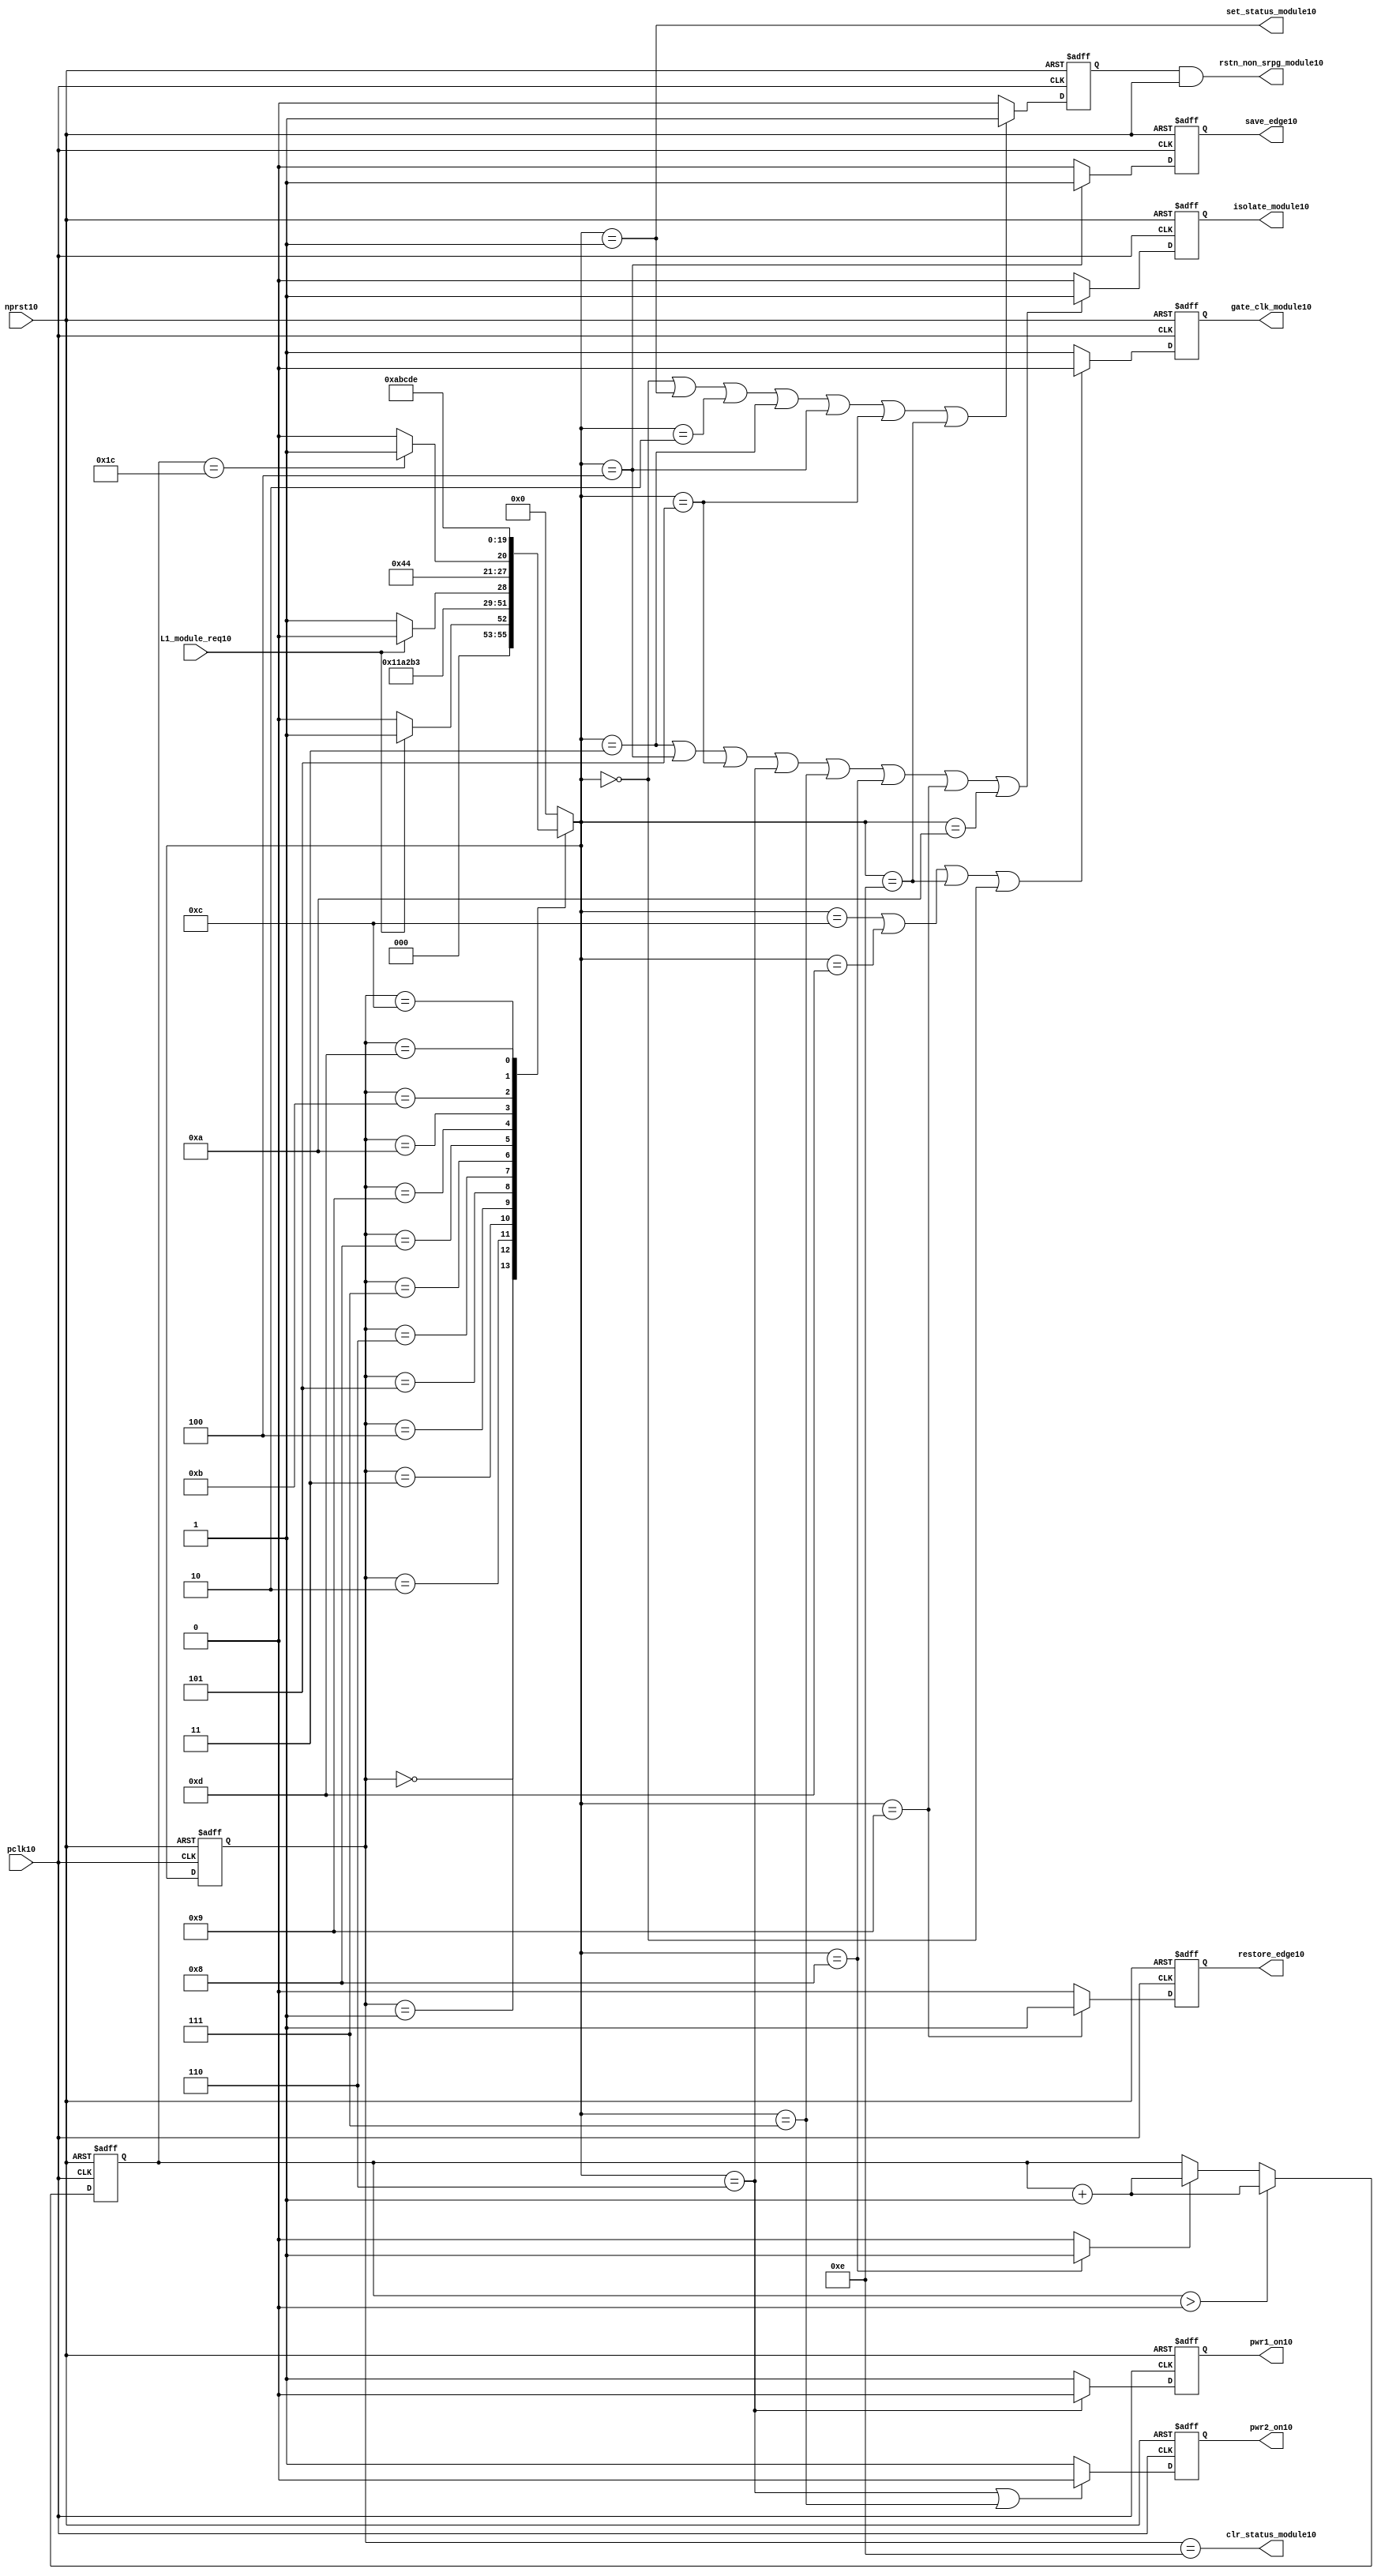
//File10 name   : power_ctrl_sm10.v
//Title10       : Power10 Controller10 state machine10
//Created10     : 1999
//Description10 : State10 machine10 of power10 controller10
//Notes10       : 
//----------------------------------------------------------------------
//   Copyright10 1999-2010 Cadence10 Design10 Systems10, Inc10.
//   All Rights10 Reserved10 Worldwide10
//
//   Licensed10 under the Apache10 License10, Version10 2.0 (the
//   "License10"); you may not use this file except10 in
//   compliance10 with the License10.  You may obtain10 a copy of
//   the License10 at
//
//       http10://www10.apache10.org10/licenses10/LICENSE10-2.0
//
//   Unless10 required10 by applicable10 law10 or agreed10 to in
//   writing, software10 distributed10 under the License10 is
//   distributed10 on an "AS10 IS10" BASIS10, WITHOUT10 WARRANTIES10 OR10
//   CONDITIONS10 OF10 ANY10 KIND10, either10 express10 or implied10.  See
//   the License10 for the specific10 language10 governing10
//   permissions10 and limitations10 under the License10.
//----------------------------------------------------------------------
module power_ctrl_sm10 (

    // Clocks10 & Reset10
    pclk10,
    nprst10,

    // Register Control10 inputs10
    L1_module_req10,
    set_status_module10,
    clr_status_module10,

    // Module10 control10 outputs10
    rstn_non_srpg_module10,
    gate_clk_module10,
    isolate_module10,
    save_edge10,
    restore_edge10,
    pwr1_on10,
    pwr2_on10

);

input    pclk10;
input    nprst10;

input    L1_module_req10;
output   set_status_module10;
output   clr_status_module10;
    
output   rstn_non_srpg_module10;
output   gate_clk_module10;
output   isolate_module10;
output   pwr1_on10;
output   pwr2_on10;
output save_edge10;
output restore_edge10;

wire    set_status_module10;
wire    clr_status_module10;

wire    rstn_non_srpg_module10;
reg     gate_clk_module10;
reg     isolate_module10;
reg     pwr1_on10;
reg     pwr2_on10;

reg save_edge10;

reg restore_edge10;
   
// FSM10 state
reg  [3:0] currentState10, nextState10;
reg     rstn_non_srpg10;
reg [4:0] trans_cnt10;

parameter Init10 = 0; 
parameter Clk_off10 = 1; 
parameter Wait110 = 2; 
parameter Isolate10 = 3; 
parameter Save_edge10 = 4; 
parameter Pre_pwr_off10 = 5; 
parameter Pwr_off10 = 6; 
parameter Pwr_on110 = 7; 
parameter Pwr_on210 = 8; 
parameter Restore_edge10 = 9; 
parameter Wait210 = 10; 
parameter De_isolate10 = 11; 
parameter Clk_on10 = 12; 
parameter Wait310 = 13; 
parameter Rst_clr10 = 14;


// Power10 Shut10 Off10 State10 Machine10

// FSM10 combinational10 process
always @  (*)
  begin
    case (currentState10)

      // Commence10 PSO10 once10 the L110 req bit is set.
      Init10:
        if (L1_module_req10 == 1'b1)
          nextState10 = Clk_off10;         // Gate10 the module's clocks10 off10
        else
          nextState10 = Init10;            // Keep10 waiting10 in Init10 state
        
      Clk_off10 :
        nextState10 = Wait110;             // Wait10 for one cycle
 
      Wait110  :                         // Wait10 for clk10 gating10 to take10 effect
        nextState10 = Isolate10;           // Start10 the isolation10 process
          
      Isolate10 :
        nextState10 = Save_edge10;
        
      Save_edge10 :
        nextState10 = Pre_pwr_off10;

      Pre_pwr_off10 :
        nextState10 = Pwr_off10;
      // Exit10 PSO10 once10 the L110 req bit is clear.

      Pwr_off10 :
        if (L1_module_req10 == 1'b0)
          nextState10 = Pwr_on110;         // Resume10 power10 if the L1_module_req10 bit is cleared10
        else
          nextState10 = Pwr_off10;         // Wait10 until the L1_module_req10 bit is cleared10
        
      Pwr_on110 :
        nextState10 = Pwr_on210;
          
      Pwr_on210 :
        if(trans_cnt10 == 5'd28)
          nextState10 = Restore_edge10;
        else 
          nextState10 = Pwr_on210;
          
      Restore_edge10 :
        nextState10 = Wait210;

      Wait210 :
        nextState10 = De_isolate10;
          
      De_isolate10 :
        nextState10 = Clk_on10;
          
      Clk_on10 :
        nextState10 = Wait310;
          
      Wait310  :                         // Wait10 for clock10 to resume
        nextState10 = Rst_clr10 ;     
 
      Rst_clr10 :
        nextState10 = Init10;
        
      default  :                       // Catch10 all
        nextState10 = Init10; 
        
    endcase
  end


  // Signals10 Sequential10 process - gate_clk_module10
always @ (posedge pclk10 or negedge nprst10)
  begin
    if (~nprst10)
      gate_clk_module10 <= 1'b0;
    else 
      if (nextState10 == Clk_on10 | nextState10 == Wait310 | nextState10 == Rst_clr10 | 
          nextState10 == Init10)
          gate_clk_module10 <= 1'b0;
      else
          gate_clk_module10 <= 1'b1;
  end

// Signals10 Sequential10 process - rstn_non_srpg10
always @ (posedge pclk10 or negedge nprst10)
  begin
    if (~nprst10)
      rstn_non_srpg10 <= 1'b0;
    else
      if ( nextState10 == Init10 | nextState10 == Clk_off10 | nextState10 == Wait110 | 
           nextState10 == Isolate10 | nextState10 == Save_edge10 | nextState10 == Pre_pwr_off10 | nextState10 == Rst_clr10)
        rstn_non_srpg10 <= 1'b1;
      else
        rstn_non_srpg10 <= 1'b0;
   end


// Signals10 Sequential10 process - pwr1_on10 & pwr2_on10
always @ (posedge pclk10 or negedge nprst10)
  begin
    if (~nprst10)
      pwr1_on10 <=  1'b1;  // power10 gates10 1 & 2 are on
    else
      if (nextState10 == Pwr_off10 )
        pwr1_on10 <= 1'b0;  // shut10 off10 both power10 gates10 1 & 2
      else
        pwr1_on10 <= 1'b1;
  end


// Signals10 Sequential10 process - pwr1_on10 & pwr2_on10
always @ (posedge pclk10 or negedge nprst10)
  begin
    if (~nprst10)
       pwr2_on10 <= 1'b1;      // power10 gates10 1 & 2 are on
    else
      if (nextState10 == Pwr_off10 | nextState10 == Pwr_on110)
        pwr2_on10 <= 1'b0;     // shut10 off10 both power10 gates10 1 & 2
      else
        pwr2_on10 <= 1'b1;
   end


// Signals10 Sequential10 process - isolate_module10 
always @ (posedge pclk10 or negedge nprst10)
  begin
    if (~nprst10)
        isolate_module10 <= 1'b0;
    else
      if (nextState10 == Isolate10 | nextState10 == Save_edge10 | nextState10 == Pre_pwr_off10 |  nextState10 == Pwr_off10 | nextState10 == Pwr_on110 |
          nextState10 == Pwr_on210 | nextState10 == Restore_edge10 | nextState10 == Wait210)
         isolate_module10 <= 1'b1;       // Activate10 the isolate10 and retain10 signals10
      else
         isolate_module10 <= 1'b0;        
   end    

// enabling save edge
always @ (posedge pclk10 or negedge nprst10)
  begin
    if (~nprst10)
        save_edge10 <= 1'b0;
    else
      if (nextState10 == Save_edge10 )
         save_edge10 <= 1'b1;       // Activate10 the isolate10 and retain10 signals10
      else
         save_edge10 <= 1'b0;        
   end    
// stabilising10 count
wire restore_change10;
assign restore_change10 = (nextState10 == Pwr_on210) ? 1'b1: 1'b0;

always @ (posedge pclk10 or negedge nprst10)
  begin
    if (~nprst10)
      trans_cnt10 <= 0;
    else if (trans_cnt10 > 0)
      trans_cnt10  <= trans_cnt10 + 1;
    else if (restore_change10)
      trans_cnt10  <= trans_cnt10 + 1;
  end

// enabling restore10 edge
always @ (posedge pclk10 or negedge nprst10)
  begin
    if (~nprst10)
        restore_edge10 <= 1'b0;
    else
      if (nextState10 == Restore_edge10)
         restore_edge10 <= 1'b1;       // Activate10 the isolate10 and retain10 signals10
      else
         restore_edge10 <= 1'b0;        
   end    


// FSM10 Sequential10 process
always @ (posedge pclk10 or negedge nprst10)
  begin
    if (~nprst10)
      currentState10 <= Init10;
    else
      currentState10 <= nextState10;
  end


// Reset10 for non-SRPG10 FFs10 is a combination10 of the nprst10 and the reset during PSO10
assign  rstn_non_srpg_module10 = rstn_non_srpg10 & nprst10;

assign  set_status_module10 = (nextState10 == Clk_off10);    // Set the L110 status bit  
assign  clr_status_module10 = (currentState10 == Rst_clr10); // Clear the L110 status bit  
  

`ifdef LP_ABV_ON10

// psl10 default clock10 = (posedge pclk10);

// Never10 have the set and clear status signals10 both set
// psl10 output_no_set_and_clear10 : assert never {set_status_module10 & clr_status_module10};



// Isolate10 signal10 should become10 active on the 
// Next10 clock10 after Gate10 signal10 is activated10
// psl10 output_pd_seq10:
//    assert always
//	  {rose10(gate_clk_module10)} |=> {[*1]; {rose10(isolate_module10)} }
//    abort10(~nprst10);
//
//
//
// Reset10 signal10 for Non10-SRPG10 FFs10 and POWER10 signal10 for
// SMC10 should become10 LOW10 on clock10 cycle after Isolate10 
// signal10 is activated10
// psl10 output_pd_seq_stg_210:
//    assert always
//    {rose10(isolate_module10)} |=>
//    {[*2]; {{fell10(rstn_non_srpg_module10)} && {fell10(pwr1_on10)}} }
//    abort10(~nprst10);
//
//
// Whenever10 pwr1_on10 goes10 to LOW10 pwr2_on10 should also go10 to LOW10
// psl10 output_pwr2_low10:
//    assert always
//    { fell10(pwr1_on10) } |->  { fell10(pwr2_on10) }
//    abort10(~nprst10);
//
//
// Whenever10 pwr1_on10 becomes HIGH10 , On10 Next10 clock10 cycle pwr2_on10
// should also become10 HIGH10
// psl10 output_pwr2_high10:
//    assert always
//    { rose10(pwr1_on10) } |=>  { (pwr2_on10) }
//    abort10(~nprst10);
//
`endif


endmodule